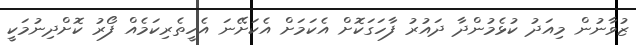
ޒުވާނުން މިއަދު ކުޅެމުންދާ ދައުރު ފާހަގަކޮށް އެކަމަށް އެކަށޭނަ އެހީތެރިކަމެއް ފޯރު ކޮށްދިނުމަކީ